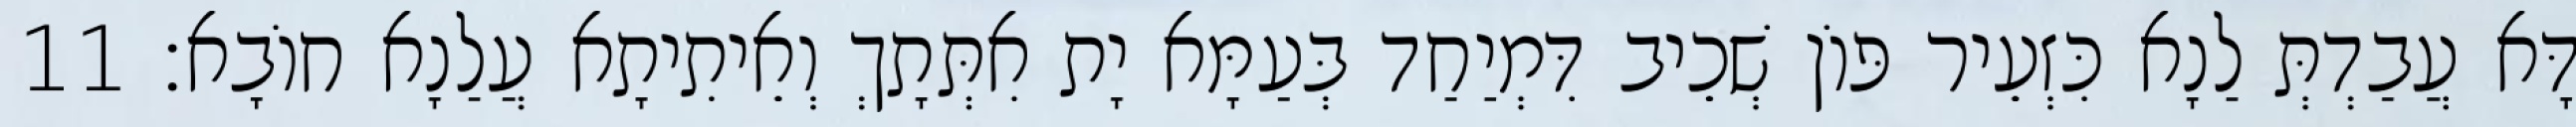
דָּא עֲבַדְתְּ לַנָא כִּזְעֵיר פּוֹן שְׁכֵיב דִּמְיַחַד בְּעַמָּא יָת אִתְּתָךְ וְאֵיתִיתָא עֲלַנָא חוֹבָא׃ 11